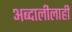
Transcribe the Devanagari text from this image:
अब्दालीलाही